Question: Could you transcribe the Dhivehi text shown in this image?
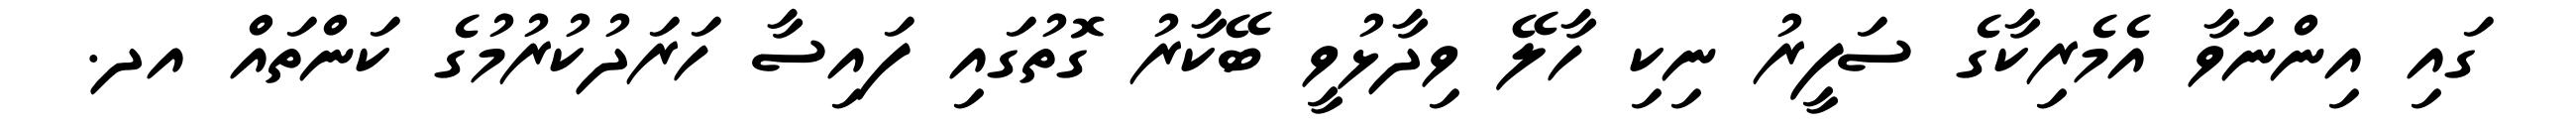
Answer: ގައި އިންނަވާ އެމެރިކާގެ ސަފީރު ނިކި ހާލޭ ވިދާޅުވީ ބޭކާރު ގޮތުގައި ފައިސާ ހަރަދުކުރުމުގެ ކަންތައް އދ.